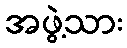
အဖွဲ့သား